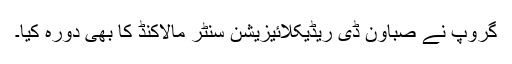
گروپ نے صباون ڈی ریڈیکلائیزیشن سنٹر مالاکنڈ کا بھی دورہ کیا۔